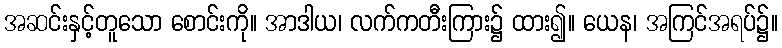
အဆင်းနှင့်တူသော စောင်းကို။ အာဒါယ၊ လက်ကတီးကြား၌ ထား၍။ ယေန၊ အကြင်အရပ်၌။